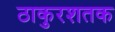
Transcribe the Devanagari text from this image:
ठाकुरशतक